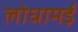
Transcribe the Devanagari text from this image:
लोधामई